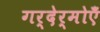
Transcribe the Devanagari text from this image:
गर्देर्मोएँ